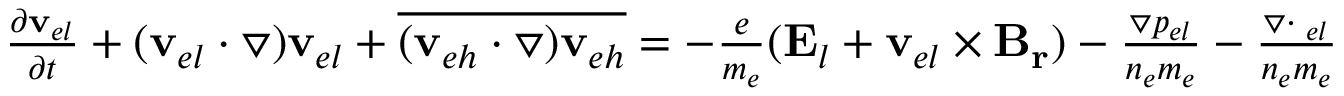
\begin{array} { r } { \frac { \partial \mathbf { v } _ { e l } } { \partial t } + ( \mathbf { v } _ { e l } \cdot \triangledown ) \mathbf { v } _ { e l } + \overline { { ( \mathbf { v } _ { e h } \cdot \triangledown ) \mathbf { v } _ { e h } } } = - \frac { e } { m _ { e } } ( \mathbf { E } _ { l } + \mathbf { v } _ { e l } \times \mathbf { B _ { r } } ) - \frac { \triangledown p _ { e l } } { n _ { e } m _ { e } } - \frac { \triangledown \cdot { \bf \Pi } _ { e l } } { n _ { e } m _ { e } } } \end{array}